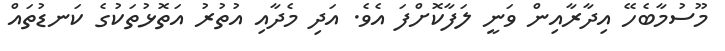
މޫސުމާބެހޭ އިދާރާއިން ވަނީ ލަފާކޮށްފަ އެވެ. އަދި މެދާއި އުތުރު އަތޮޅުތަކުގެ ކަނޑުތައް